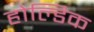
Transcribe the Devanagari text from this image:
होल्डिक